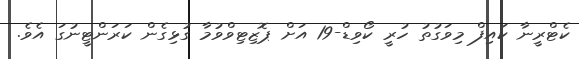
ކެޓްރީނާ ކައިފް މިވަގުތު ހުރީ ކޯވިޑް-19 އަށް ޕޮޒިޓިވްވުމާ ގުޅިގެން ކަރަންޓީނުގަ އެވެ.